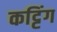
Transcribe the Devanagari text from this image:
कट्टिंग